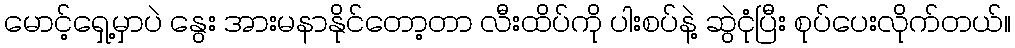
မောင့်ရှေ့မှာပဲ နွေး အားမနာနိုင်တော့တာ လီးထိပ်ကို ပါးစပ်နဲ့ ဆွဲငုံပြီး စုပ်ပေးလိုက်တယ်။